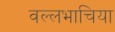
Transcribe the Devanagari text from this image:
वल्लभाचिया